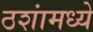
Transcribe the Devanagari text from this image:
ठशांमध्ये